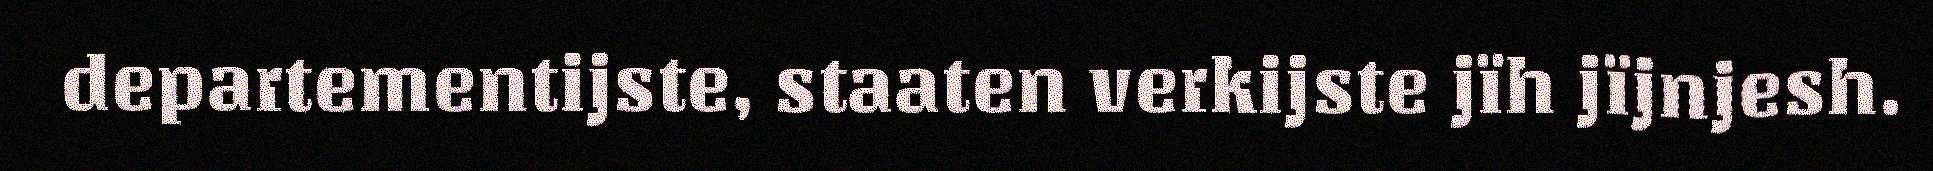
departementijste, staaten verkijste jïh jïjnjesh.